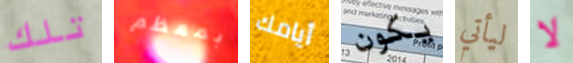
تلك بمعظم أيامك يكون ليأتي لا